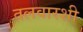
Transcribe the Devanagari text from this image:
तलवारशी